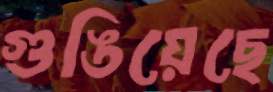
গুঙিয়েছে